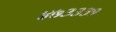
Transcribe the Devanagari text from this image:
४७३३३१